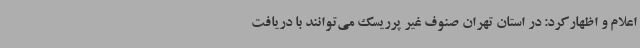
اعلام و اظهارکرد: در استان تهران صنوف غیر پرریسک می‌توانند با دریافت